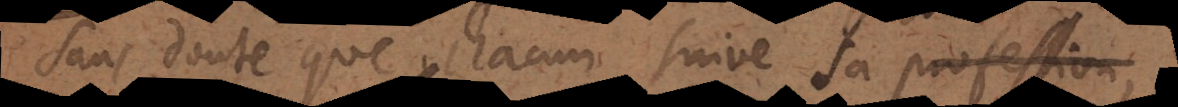
sans doute que chacun suive sa profession,